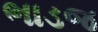
ભાડજ